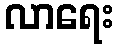
လာရေး